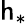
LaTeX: \mathsf{h}_{*}